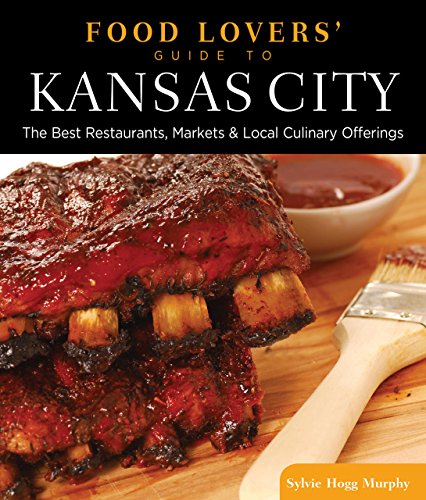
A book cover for Food Lovers' Guide toÂ® Kansas City: The Best Restaurants, Markets & Local Culinary Offerings (Food Lovers' Series); Sylvie Hogg Murphy; Travel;